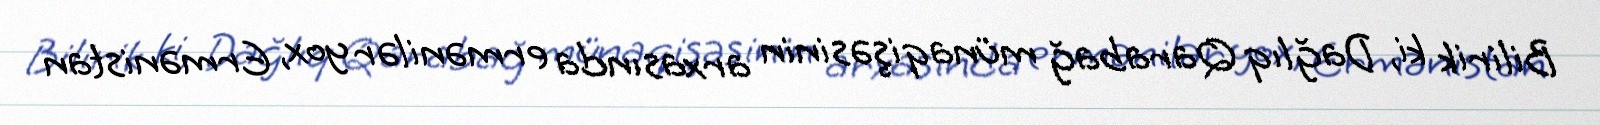
Bilirik ki, Dağlıq Qarabağ münaqişəsinin arxasında ermənilər yox, Ermənistan